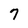
Character: 7